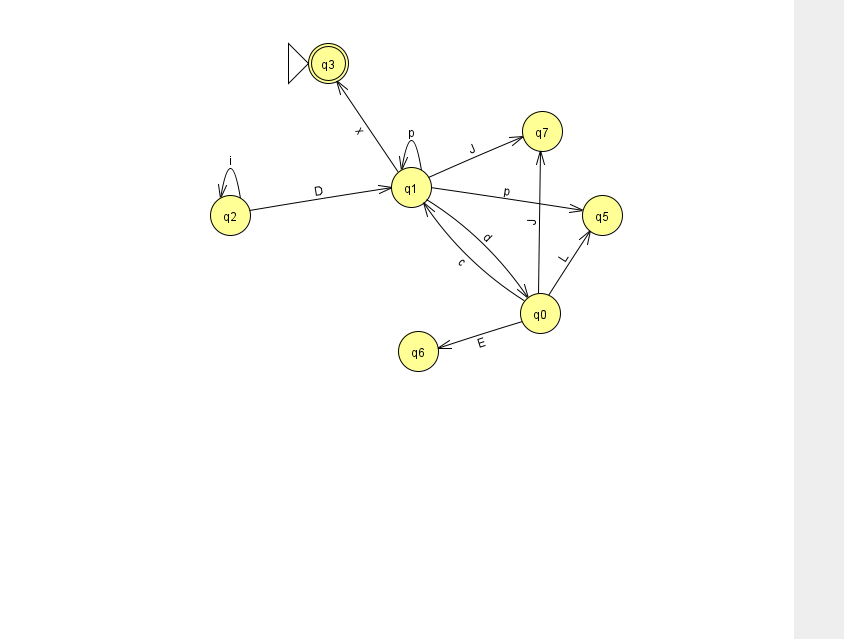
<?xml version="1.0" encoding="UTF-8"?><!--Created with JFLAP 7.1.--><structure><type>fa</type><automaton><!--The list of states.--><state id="0" name="q0"><x>540.0</x><y>300.0</y></state><state id="1" name="q1"><x>411.0</x><y>174.0</y></state><state id="2" name="q2"><x>230.0</x><y>202.0</y></state><state id="3" name="q3"><x>328.0</x><y>50.0</y><initial/><final/></state><state id="5" name="q5"><x>602.0</x><y>202.0</y></state><state id="6" name="q6"><x>418.0</x><y>338.0</y></state><state id="7" name="q7"><x>542.0</x><y>118.0</y></state><!--The list of transitions.--><transition><from>0</from><to>7</to><read>J</read></transition><transition><from>1</from><to>1</to><read>p</read></transition><transition><from>2</from><to>1</to><read>D</read></transition><transition><from>0</from><to>5</to><read>L</read></transition><transition><from>0</from><to>6</to><read>E</read></transition><transition><from>1</from><to>3</to><read>x</read></transition><transition><from>1</from><to>5</to><read>p</read></transition><transition><from>1</from><to>0</to><read>d</read></transition><transition><from>2</from><to>2</to><read>i</read></transition><transition><from>1</from><to>7</to><read>J</read></transition><transition><from>0</from><to>1</to><read>c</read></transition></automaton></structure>